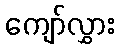
ကျော်လွှား